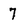
Character: 7